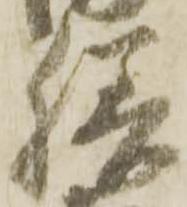
膳